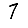
Digit: 7